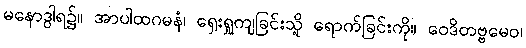
မနောဒွါရ၌။ အာပါထဂမနံ၊ ရှေးရှုကျခြင်းသို့ ရောက်ခြင်းကို။ ဝေဒိတဗ္ဗမေဝ၊